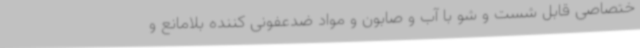
ختصاصی قابل شست و شو با آب و صابون و مواد ضدعفونی کننده بلامانع و